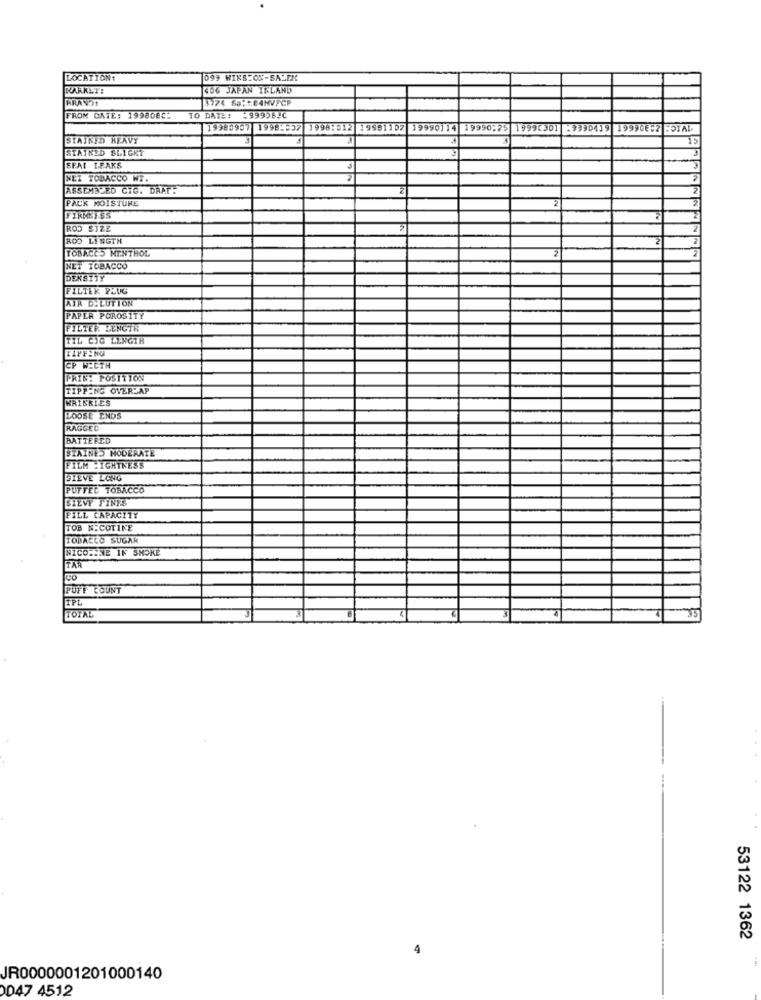
LOCATION:
099 WINS:ON-SAUER
KARKET:
406 JAPAN IRLAND
3774 Sp; : E4NVFCP
FROM DATE: 1998083:
TO DATE: - 9990B-C
19980957 1998-537 1998:512 19991107
19990114 19990:25 19990301
-9990419 1999GE:2 FOIAL
STAINED HEAVY
15
STAINED SLIGHT
SFAT I.FAKS
NET TOBACCO WT.
ASSEMBLED CIG. DRAT.
PACK MOISTURE
2
FIRMRISS
ROD STRE
ROD LENGTH
2
TOBACES MENTHOL
NET TOBACCO
DENSITY
FILTER PLUG
AIR D.LUTION
PAPER POROSITY
FILTER LENGTH
TIL CIG LENGTH
TIPFINO
CP W:CTH
PRIS: POSITION
TIPPING OVER AP
WRINKLES
LOOSE ENDS
RAGGED
BATTERED
STAINES MODERATE
FILM LIGHTNESS
SIEVE LONG
PUFTEC TOBACCO
SIEVE FINES
FILL CAPACITY
TOB NICOTINE
TOBACCO SUGAR
NICOLINE IN SMOKE
TAR
PUFF COUNT
IPL
TOTAL
35
53122 1362
JR0000001201000140
0047 4512